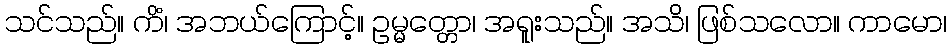
သင်သည်။ ကိံ၊ အဘယ်ကြောင့်။ ဥမ္မတ္တော၊ အရူးသည်။ အသိ၊ ဖြစ်သလော။ ကာမော၊